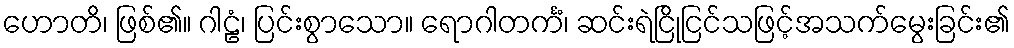
ဟောတိ၊ ဖြစ်၏။ ဂါဠံ၊ ပြင်းစွာသော။ ရောဂါတင်္ကံ၊ ဆင်းရဲငြိုငြင်သဖြင့်အသက်မွေးခြင်း၏